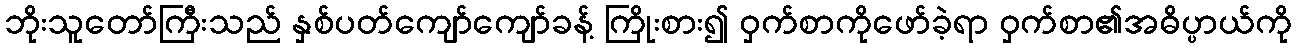
ဘိုးသူတော်ကြီးသည် နှစ်ပတ်ကျော်ကျော်ခန့် ကြိုးစား၍ ဝှက်စာကိုဖော်ခဲ့ရာ ဝှက်စာ၏အဓိပ္ပာယ်ကို